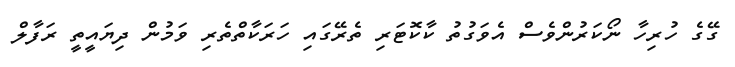
ގޭގެ ހުރިހާ ނޯކަރުންވެސް އެވަގުތު ކާކޮޓަރި ތެރޭގައި ހަރަކާތްތެރި ވަމުން ދިޔައީތީ ރަފާލް